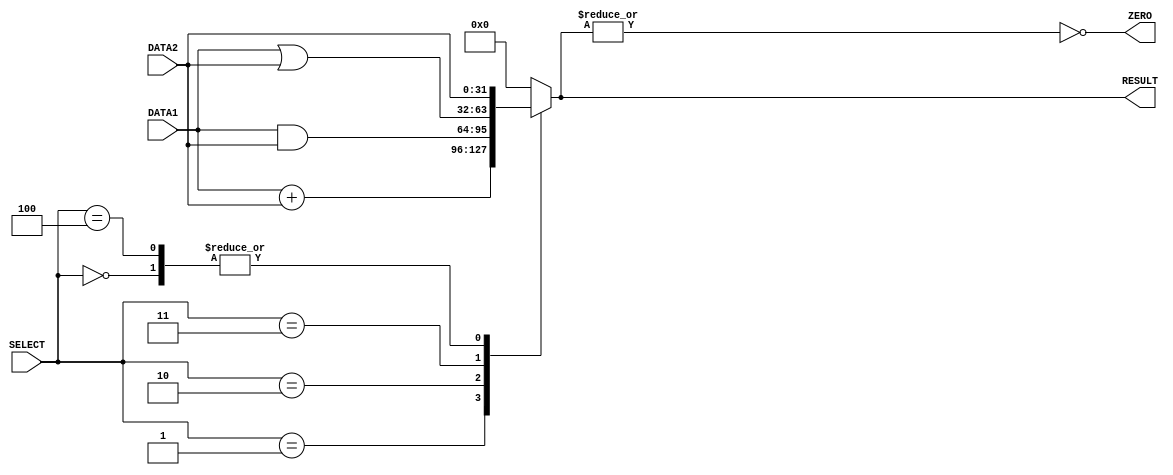
module alu(DATA1, DATA2, RESULT, SELECT,ZERO);
 //initializing the inputs and outputs
  input [31:0] DATA1, DATA2;
  input [2:0] SELECT;
  output reg [31:0] RESULT;
  output ZERO;  
 
 //creating the always block which runs whenever a input is changed
 always @(DATA1,DATA2,SELECT)
 begin
 //selecting based on the SELECT input using s switch case
 case(SELECT)
 3'b000: RESULT = DATA2; //Forward function
 3'b001: RESULT = DATA1 + DATA2; //Add and Sub function
 3'b010: RESULT = DATA1 & DATA2; //AND and Sub function
 3'b011: RESULT = DATA1 | DATA2; //OR and Sub function
 3'b100: // Doing Jump command to alter PC value, so ALU data is not really used
   RESULT = DATA2; //Send DATA2 out of the ALU when performing a Jump command (extra feature?)
 3'b101: RESULT = 32'h00000000; // Values of 101 and above are currrently unused
 3'b110: RESULT = 32'h00000000; 
 default:RESULT = 32'h00000000; 
 endcase 
 end
 
 // creating the ZERO bit using the alu result
assign ZERO = ~|RESULT;

endmodule